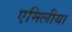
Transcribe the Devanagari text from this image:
एमिलीया